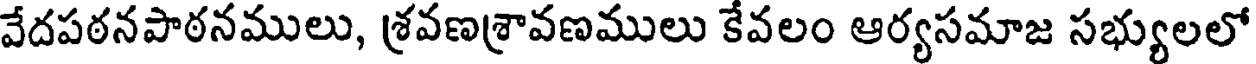
వేదపఠనపాఠనములు, శ్రవణశ్రావణములు కేవలం ఆర్యసమాజ సభ్యులలో